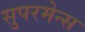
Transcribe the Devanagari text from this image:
सुपरमेन्स